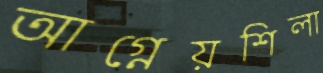
আগ্নেয়শিলা